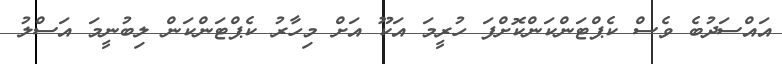
އައްސަދުބެ ވެސް ކެޕްޓަންކަންކޮށްފަ ހުރީމަ އަކޫ އަށް މިހާރު ކެޕްޓަންކަން ލިބުނީމަ އަސްލު